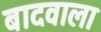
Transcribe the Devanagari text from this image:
बादवाला